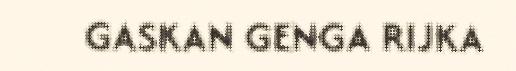
GASKAN GENGA RIJKA